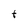
Character: t